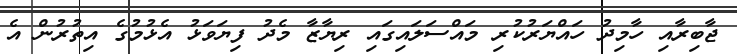
ޖާބިރާއި ހާމިދު ހައްޔަރުކުރި މައްސަލައިގައި ރިޔާޒާ މެދު ފިޔަވަޅު އެޅުމުގެ އިތުރުން އެ